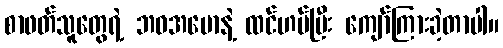
စာဖတ်သူတွေရဲ့ ဘဝအမောနဲ့ ထင်ဟပ်ပြီး ကျော်ကြားခဲ့တာပါ။